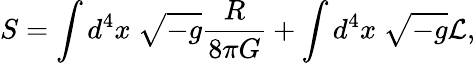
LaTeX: S=\int d^{4}x\ \sqrt{-g}{\frac{R}{8\pi G}}+\int d^{4}x\ \sqrt{-g}{\cal L},